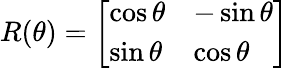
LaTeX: R(\theta)={\left[\begin{array}{ll}{\cos\theta}&{-\sin\theta}\\ {\sin\theta}&{\cos\theta}\end{array}\right]}